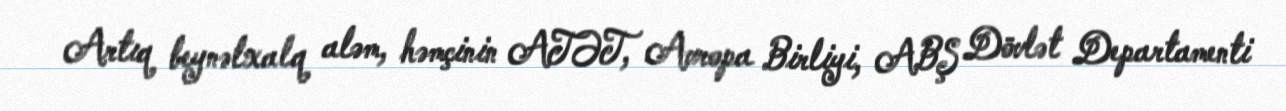
Artıq beynəlxalq aləm, həmçinin ATƏT, Avropa Birliyi, ABŞ Dövlət Departamenti